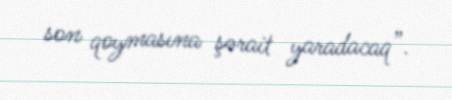
son qoymasına şərait yaradacaq”.